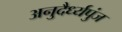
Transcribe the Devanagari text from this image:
अनुदैर्ध्यपुंज